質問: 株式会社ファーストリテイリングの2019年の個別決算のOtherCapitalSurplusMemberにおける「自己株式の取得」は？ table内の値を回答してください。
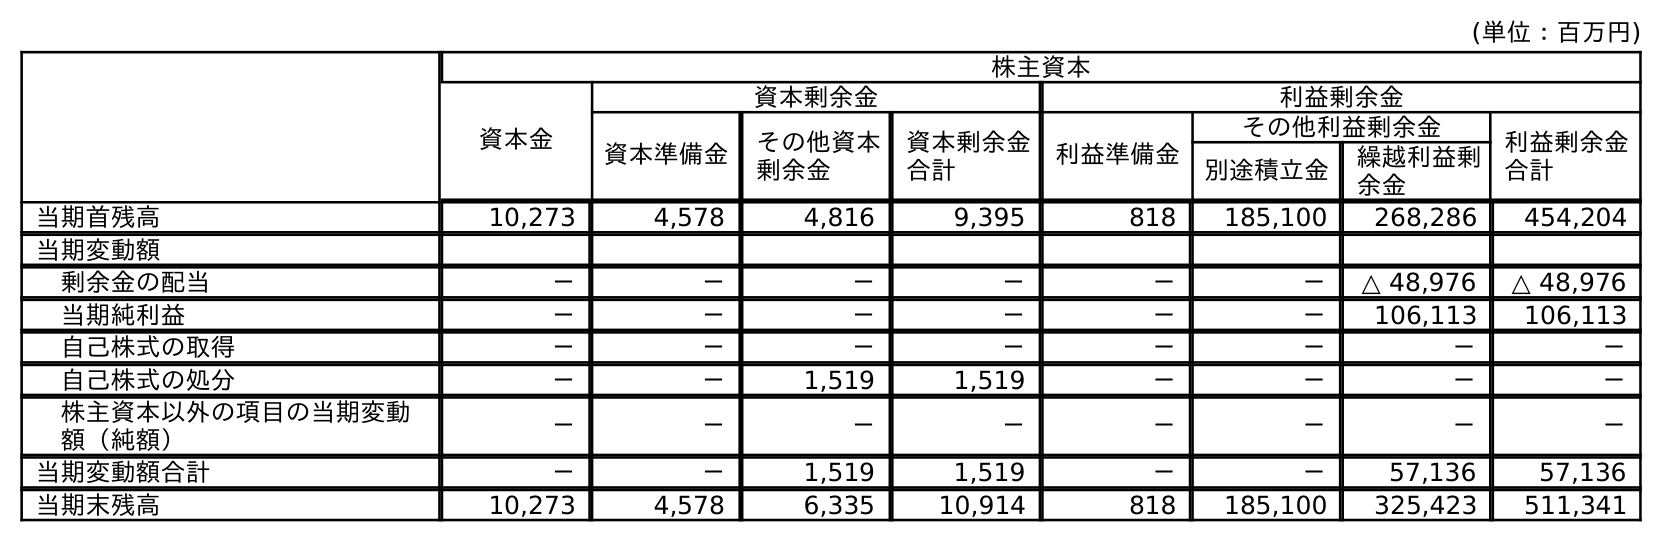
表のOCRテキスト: (単位：百万円) 株主資本 資本金 資本剰余金 利益剰余金 資本準備金 その他資本 剰余金 資本剰余金 合計 利益準備金 その他利益剰余金 利益剰余金 合計 別途積立金 繰越利益剰 余金 当期首残高 10,273 4,578 4,816 9,395 818 185,100 268,286 454,204 当期変動額 剰余金の配当 － － － － － － △ 48,976 △ 48,976 当期純利益 － － － － － － 106,113 106,113 自己株式の取得 － － － － － － － － 自己株式の処分 － － 1,519 1,519 － － － － 株主資本以外の項目の当期変動 額（純額） － － － － － － － － 当期変動額合計 － － 1,519 1,519 － － 57,136 57,136 当期末残高 10,273 4,578 6,335 10,914 818 185,100 325,423 511,341
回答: －